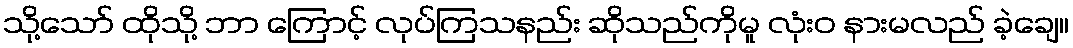
သို့သော် ထိုသို့ ဘာ ကြောင့် လုပ်ကြသနည်း ဆိုသည်ကိုမူ လုံးဝ နားမလည် ခဲ့ချေ။